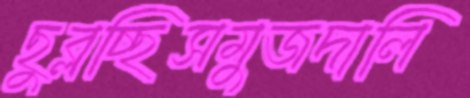
ছুব্‌লচ্ছিসমুজদালি